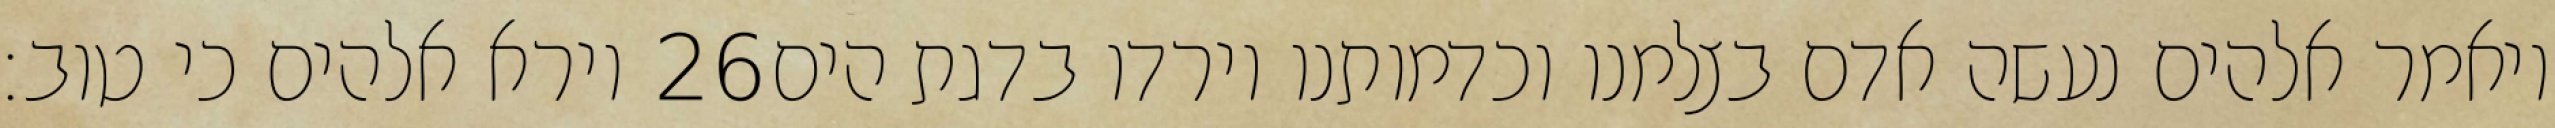
וירא אלהים כי טוב׃ ‎26‏ ויאמר אלהים נעשה אדם בצלמנו וכדמותנו וירדו בדגת הים